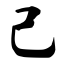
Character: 己